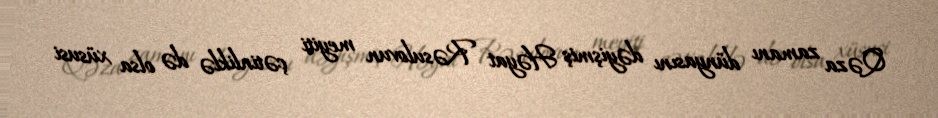
Qəza zamanı dünyasını dəyişmiş Həyat Rəsulovun meyiti çətinliklə də olsa xüsusi